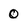
Character: 0